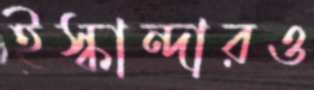
ইস্কান্দারও